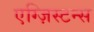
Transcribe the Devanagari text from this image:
एग्ज़िस्टन्स